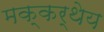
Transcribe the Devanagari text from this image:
मक्कर्थेय